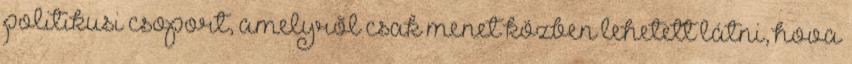
politikusi csoport, amelyrõl csak menet közben lehetett látni, hova